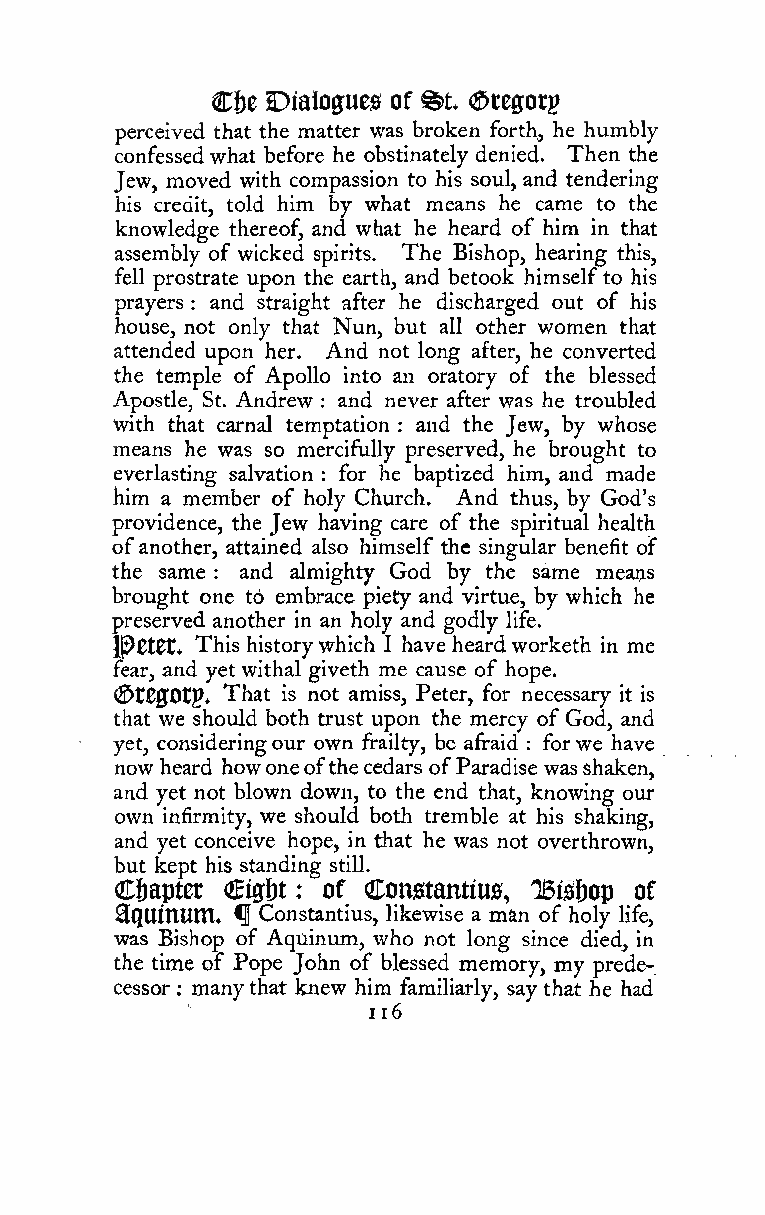
Cf)e Dialogues of @t. (Sregorg
 perceived that the matter was broken forth, he humbly
 confessedwhat before he obstinately denied. Then the
 Jew, moved with compassion to his soul, and tendering
 his credit, told him by what means he came to the
 knowledge thereof, and what he heard of him in that
 assembly of wicked spirits. The Bishop, hearing this,
 fell prostrate upon the earth, and betook himselfto his
 prayers and straight after he discharged out of his
 :
 house, not only that Nun, but all other women that
 attended upon her. And not long after, he converted
 the temple of Apollo into an oratory of the blessed
 Apostle, St. Andrew : and never after was he troubled
 with that carnal temptation and the Jew, by whose
 :
 means he was so mercifully preserved, he brought to
 everlasting salvation for he baptized him, and made
 :
 him a member of holy Church. And thus, by God's
 providence, the Jew having care of the spiritual health
 ofanother, attained also himself the singular benefit of
 the same and almighty God by the same means
 :
 brought one td embrace piety and virtue, by which he
 preserved another in an holy and godly life.
 l^Ctet, This history which I have heard worketh in me
 fear, and yet withal giveth me cause of hope.
 <St00Otp. That is not amiss, Peter, for necessary it is
 that we should both trust upon the mercy ofGod, and
 yet, consideringour own frailty, be afraid for we have
 :
 now heard howoneofthecedars ofParadise wasshaken,
 and yet not blown down, to the end that, knowing our
 own infirmity, we should both tremble at his shaking,
 and yet conceive hope, in that he was not overthrown,
 but kept his standing still.
 C&apter dti^U of Cqngtantfus, 'Bishop of
 :
 ^QUtnUm* fl Constantius, likewise a man of holy life,
 was Bishop of Aquinum, who not long since died, in
 the time of Pope John of blessed memory, my prede-
 cessor manythat knew him familiarly, say that he had
 ;
 ii6